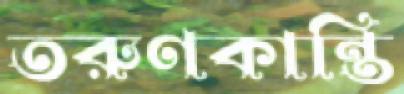
তরুণকান্তি